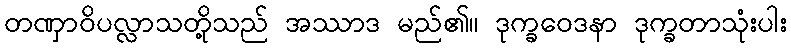
တဏှာဝိပလ္လာသတို့သည် အဿာဒ မည်၏။ ဒုက္ခဝေဒနာ ဒုက္ခတာသုံးပါး